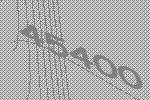
45400